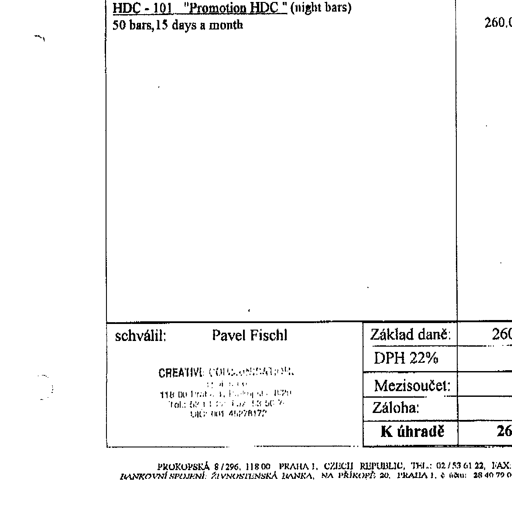
HDC - 101 "Promotion HDC " (night bars)
50 bars, 15 days a month
260,0
schválil: Pavel Fischl
Základ daně:
260
DPH 22%
Mezisoučet:
CREATIVE CONSULTATION
s. r. o.
118 00 Praha 1, Prokopská 8/296
Tel.: 53 11 22, Fax: 53 50 76
DIČ: 001-45278172
Záloha:
K úhradě
26
PROKOPSKÁ 8/296, 118 00 PRAHA 1, CZECH REPUBLIC, TEL.: 02/53 61 22, FAX:
BANKOVNÍ SPOJENÍ: ŽIVNOSTENSKÁ BANKA, NA PŘÍKOPĚ 20, PRAHA 1, č. účtu: 28 40 79 0